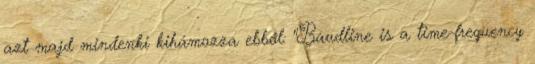
azt majd mindenki kihámozza ebből: "Baudline is a time-frequency